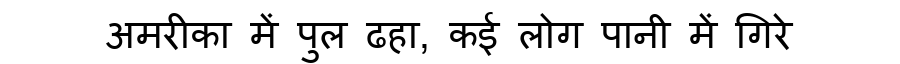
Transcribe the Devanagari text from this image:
अमरीका में पुल ढहा, कई लोग पानी में गिरे